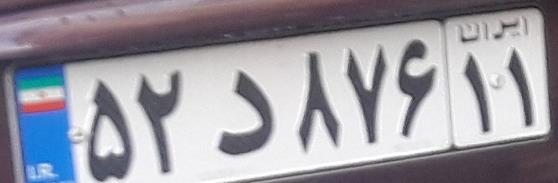
۵۲د۸۷۶۱۱